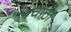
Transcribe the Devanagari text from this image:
चाठा